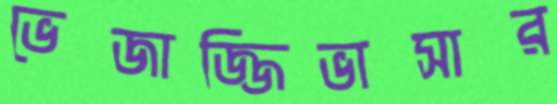
ভেজাজ্জিভাসার